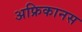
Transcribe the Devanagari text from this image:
अफ्रिकानस